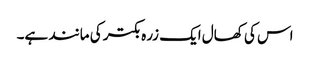
اس کی کھال ایک زرہ بکتر کی مانند ہے۔